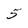
Character: 5